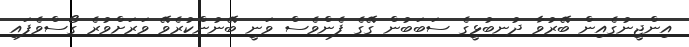
އިންޖީނުގެއިން ބޭރުވާ ދުނބުޅީގެ ސަބަބުން ގޭގެ ފެންވެސް ވަނީ ބޭނުންކުރެވޭ ވަރަށްވުރެ ގޯސްވެފައި